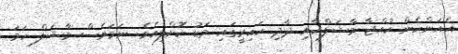
އެއަންހެން ކުއްޖާ މާޝަލްއާއި ދާދި ކައިރީގައި މަޑު ކޮށްލިއެވެ. ނަމަވެސް މާޝަލް ހަމަ